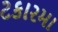
ટકારમા